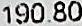
190.80